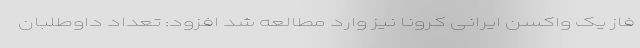
فاز یک واکسن ایرانی کرونا نیز وارد مطالعه شد افزود: تعداد داوطلبان